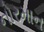
નોરમાન